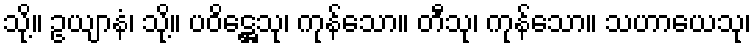
သို့။ ဥယျာနံ၊ သို့။ ပဝိဋ္ဌေသု၊ ကုန်သော။ တီသု၊ ကုန်သော။ သဟာယေသု၊